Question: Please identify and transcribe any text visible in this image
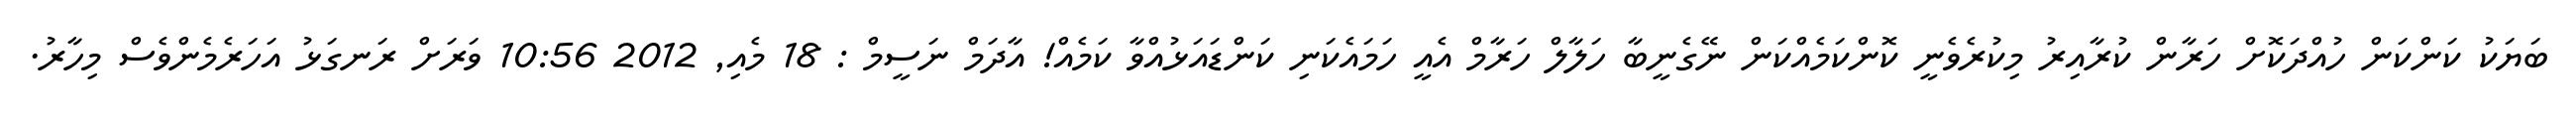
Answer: ބަޔަކު ކަންކަން ހުއްދަކޮށް ހަރާން ކުރާއިރު މިކުރެވެނީ ކޮންކަމެއްކަން ނޭގެނީބާ ހަލާލް ހަރާމް އެއީ ހަމައެކަނި ކަންޑައަޅުއްވާ ކަމެއް! އާދަމް ނަސީމް : 18 މެއި, 2012 10:56 ވަރަށް ރަނގަޅު އަހަރެމެންވެސް މިހާރު.